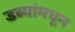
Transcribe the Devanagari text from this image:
डब्यांमधून